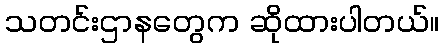
သတင်းဌာနတွေက ဆိုထားပါတယ်။